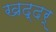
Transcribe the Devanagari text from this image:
खद्दर्